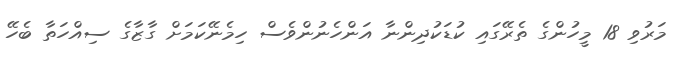
މަރުވި 18 މީހުންގެ ތެރޭގައި ކުޑަކުދިންނާ އަންހެނުންވެސް ހިމެނޭކަމަށް ގާޒާގެ ސިއްހަތާ ބެހޭ